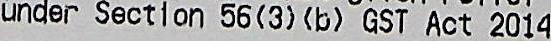
UNDER SECTION 56(3)(B) GST ACT 2014